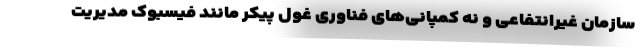
سازمان غیرانتفاعی و نه کمپانی‌های فناوری غول پیکر مانند فیسبوک مدیریت